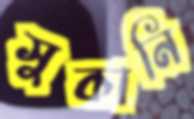
সুকানি